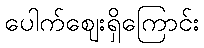
ပေါက်ဈေးရှိကြောင်း